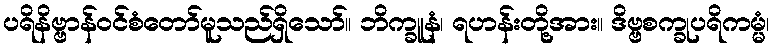
ပရိနိဗ္ဗာန်ဝင်စံတော်မူသည်ရှိသော်။ ဘိက္ခူနံ၊ ရဟန်းတို့အား။ ဒိဗ္ဗစက္ခုပရိကမ္မံ၊